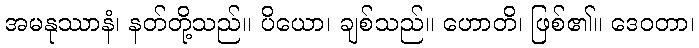
အမနုဿာနံ၊ နတ်တို့သည်။ ပိယော၊ ချစ်သည်။ ဟောတိ၊ ဖြစ်၏။ ဒေဝတာ၊